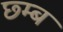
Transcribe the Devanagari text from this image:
छ्म्ब